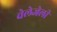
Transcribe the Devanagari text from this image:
वेलेजेली